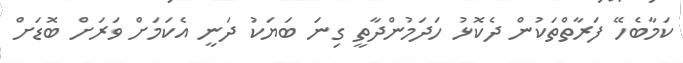
ކަމާބެހޭ ފަރާތްތަކުން ދެކޮޅު ހަދަމުންދާތީ ގިނަ ބަޔަކު ދަނީ އެކަމަށް ވަރަށް ބޮޑަށް